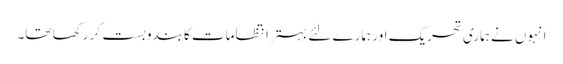
انہوں نے ہماری تحریک اور ہمارے لئے بہتر انتظامات کا بندوبست کر رکھا تھا۔